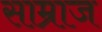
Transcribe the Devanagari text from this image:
साम्राज